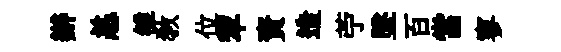
辦恙雒敎位犂資造苧墜百當寥